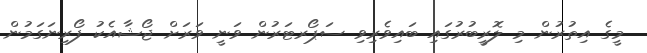
މީގެ އިތުރުން މި ލޮރީބުރުގައި ބައިވެރިވި ސަޕޯރޓަރުން ވަނީ ވަރަށް ޖޯޝާއެކު ފޯރިނަގަމުން